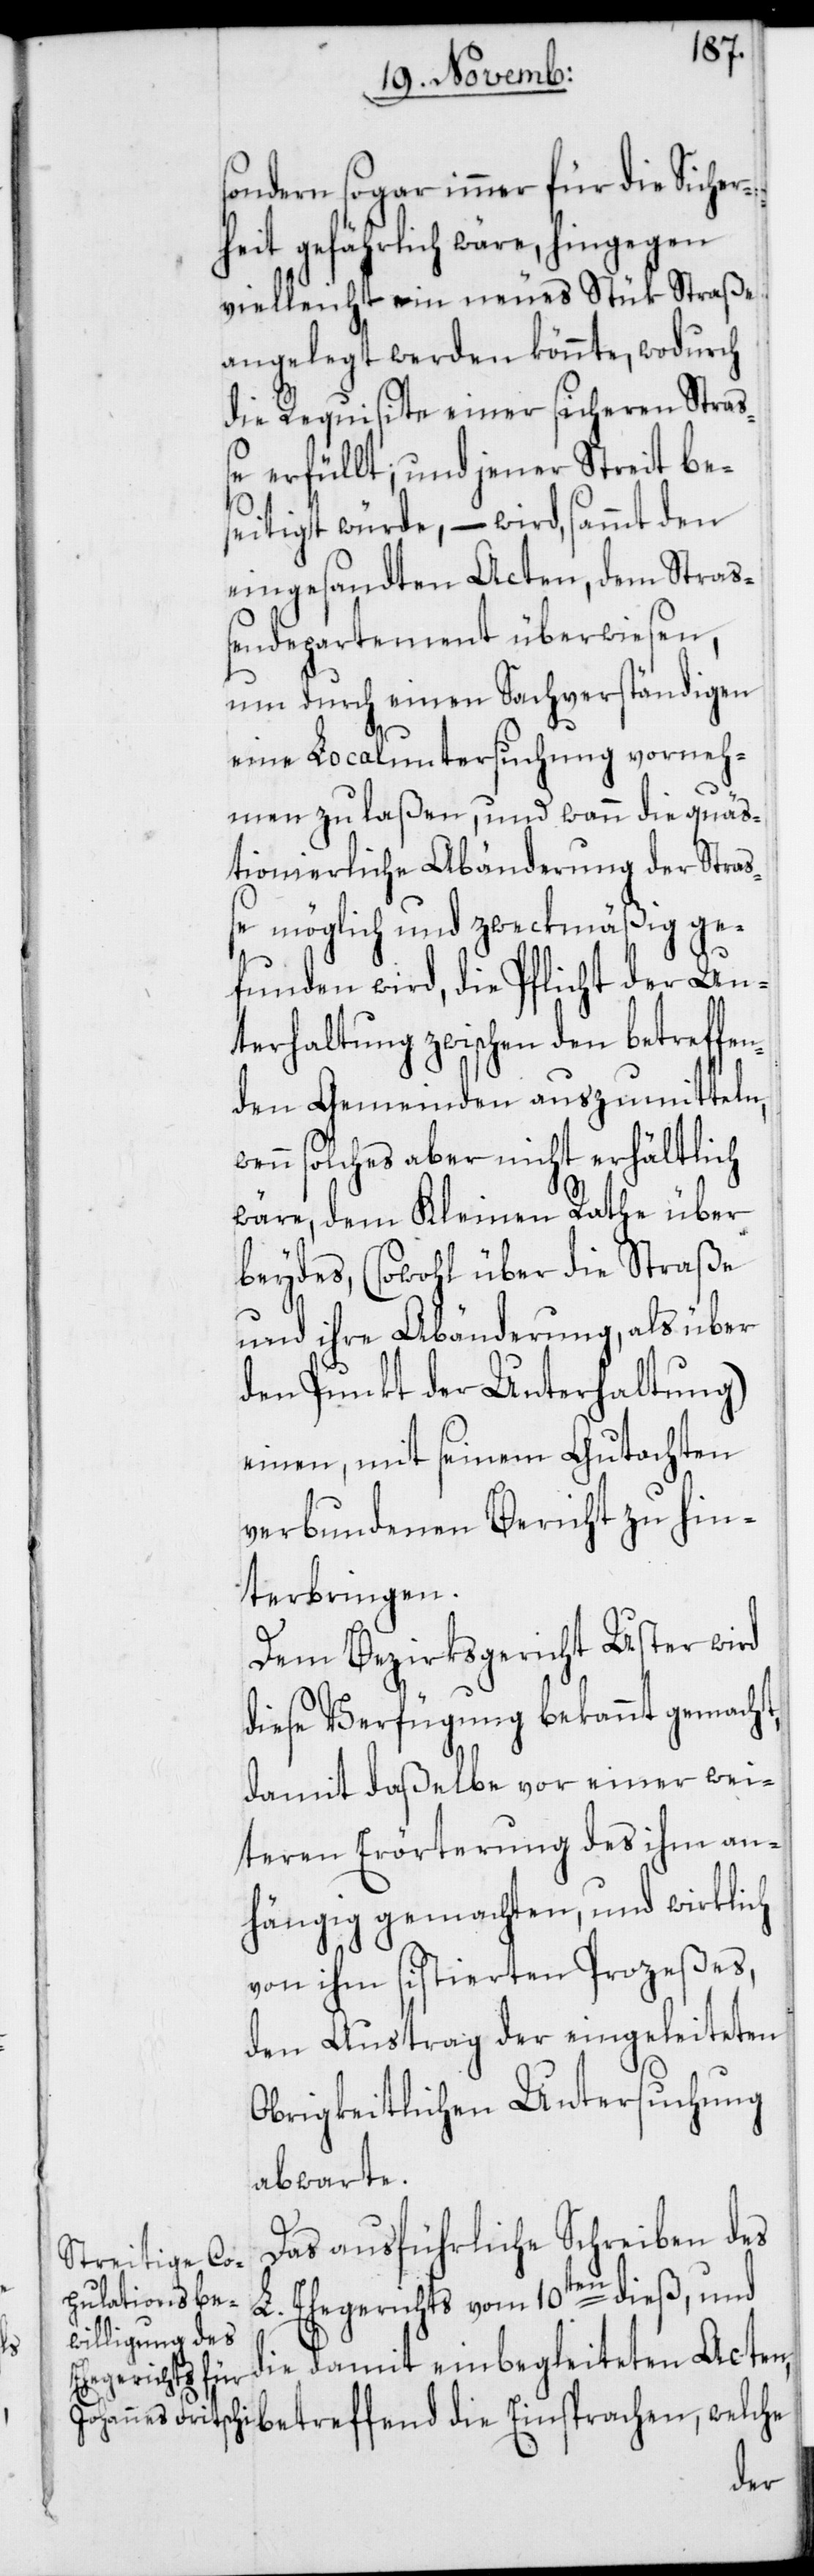
sondern sogar immer für die Sicher¬
heit gefährlich wäre, hingegen
vielleicht ein neues Stük Straße
angelegt werden könnte, wodurch
die Requisite einer sicheren Straß¬
e erfüllt; und jener Streit be¬
seitigt würde, – wird, sammt den
eingesandten Acten, dem Straß¬
endepartement überwiesen,
um durch einen Sachverständigen
eine Localuntersuchung vorneh¬
men zu laßen, und wann die quäs¬
tionierliche Abänderung der Straß¬
e möglich und zweckmäßig ge¬
funden wird, die Pflicht der Un¬
terhaltung zwischen den betreffen¬
den Gemeinden auszumitteln,
solches aber nicht erhältlich
wäre, dem Kleinen Rathe über
beydes, (sowohl über die Straße
und ihre Abänderung, als über
den Punkt der Unterhaltung)
einen, mit seinem Gutachten
verbundenen Bericht zu hin¬
terbringen.
Dem Bezirksgericht Uster wird
diese Verfügung bekannt gemacht,
damit daßelbe vor einer wei¬
teren Erörterung des ihm an¬
hängig gemachten, und wirklich
von ihm sistierten Prozeßes,
den Austrag der eingeleiteten
Obrigkeitlichen Untersuchung
abwarte.
Das ausführliche Schreiben des
Ehegerichts vom 10ten dieß, und
die
die damit einbegleiteten Acten,